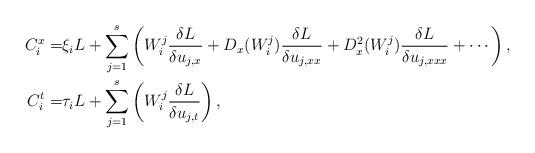
LaTeX: \begin{align*} \begin{aligned}C^x_i=&\xi_i L+\sum_{j=1}^{s}\left(W^j_i\frac{\delta L}{\delta u_{j,x}}+D_x(W^j_i)\frac{\delta L}{\delta u_{j,xx}}+D^2_x(W^j_i)\frac{\delta L}{\delta u_{j,xxx}}+\cdots\right),\\C^t_i=&\tau_i L+\sum_{j=1}^{s}\left(W^j_i\frac{\delta L}{\delta u_{j,t}}\right),\end{aligned}\end{align*}